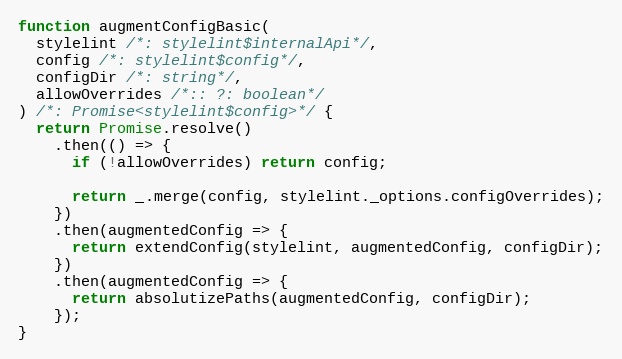
Language: JavaScript
function augmentConfigBasic(
  stylelint /*: stylelint$internalApi*/,
  config /*: stylelint$config*/,
  configDir /*: string*/,
  allowOverrides /*:: ?: boolean*/
) /*: Promise<stylelint$config>*/ {
  return Promise.resolve()
    .then(() => {
      if (!allowOverrides) return config;

      return _.merge(config, stylelint._options.configOverrides);
    })
    .then(augmentedConfig => {
      return extendConfig(stylelint, augmentedConfig, configDir);
    })
    .then(augmentedConfig => {
      return absolutizePaths(augmentedConfig, configDir);
    });
}